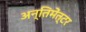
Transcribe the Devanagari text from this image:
अन्तिमेंत्टर